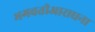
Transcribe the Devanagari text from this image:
भगवतीआराधना